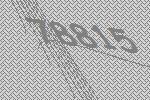
78815